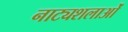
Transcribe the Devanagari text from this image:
नाट्यशलाओं